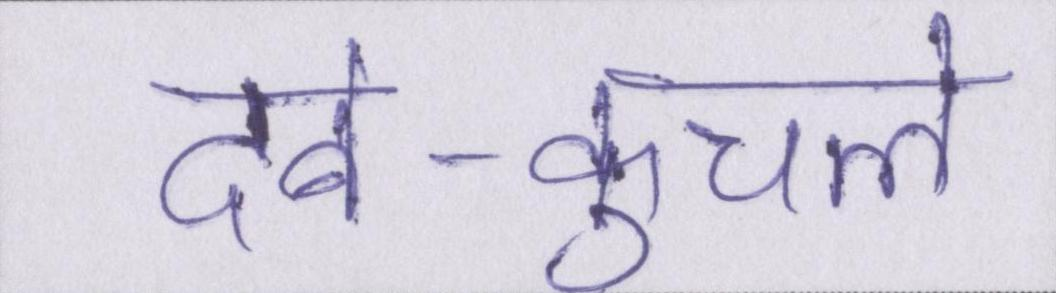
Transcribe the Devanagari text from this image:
दबे-कुचले